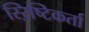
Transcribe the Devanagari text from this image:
स्ऱिष्टिकर्ता